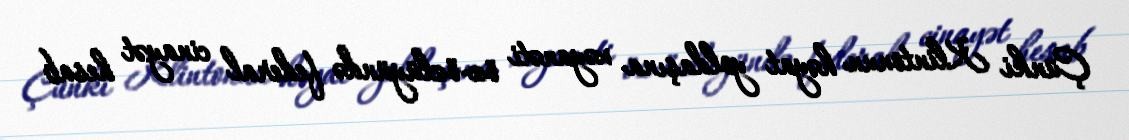
Çünki Klintonun həyat yoldaşına xəyanəti öz-özlüyündə federal cinayət hesab